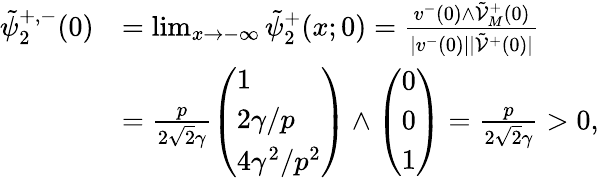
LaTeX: \begin{array}{rl}{\tilde{\psi}_{2}^{+,-}(0)}&{=\operatorname*{lim}_{x\to-\infty}\tilde{\psi}_{2}^{+}(x;0)=\frac{v^{-}(0)\wedge\tilde{\mathcal{V}}_{M}^{+}(0)}{|v^{-}(0)||\tilde{\mathcal{V}}^{+}(0)|}}\\ &{=\frac{p}{2\sqrt{2}\gamma}\left(\begin{array}{l}{1}\\ {2\gamma/p}\\ {4\gamma^{2}/p^{2}}\end{array}\right)\wedge\left(\begin{array}{l}{0}\\ {0}\\ {1}\end{array}\right)=\frac{p}{2\sqrt{2}\gamma}>0,}\end{array}